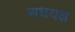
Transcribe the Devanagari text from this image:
अधयक्ष